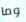
وما